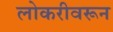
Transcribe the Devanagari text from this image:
लोकरीवरून